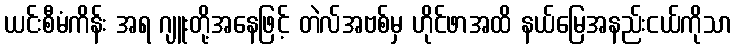
ယင်းစီမံကိန်း အရ ဂျူးတို့အနေဖြင့် တဲလ်အဗစ်မှ ဟိုင်ဖာအထိ နယ်မြေအနည်းငယ်ကိုသာ